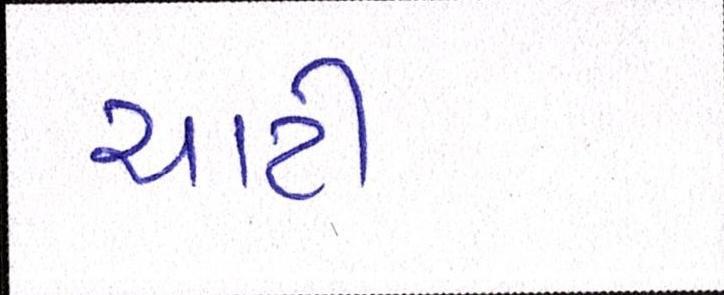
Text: ચાટી